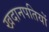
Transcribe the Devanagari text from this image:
खदानपतियों